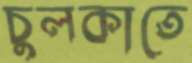
চুলকাতে